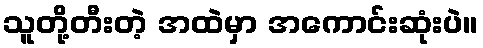
သူတို့တီးတဲ့ အထဲမှာ အကောင်းဆုံးပဲ။